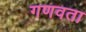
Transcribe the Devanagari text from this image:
गणवता